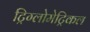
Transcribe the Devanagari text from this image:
ट्रिग्लोमेट्रिकल